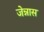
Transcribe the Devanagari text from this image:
जेन्नास